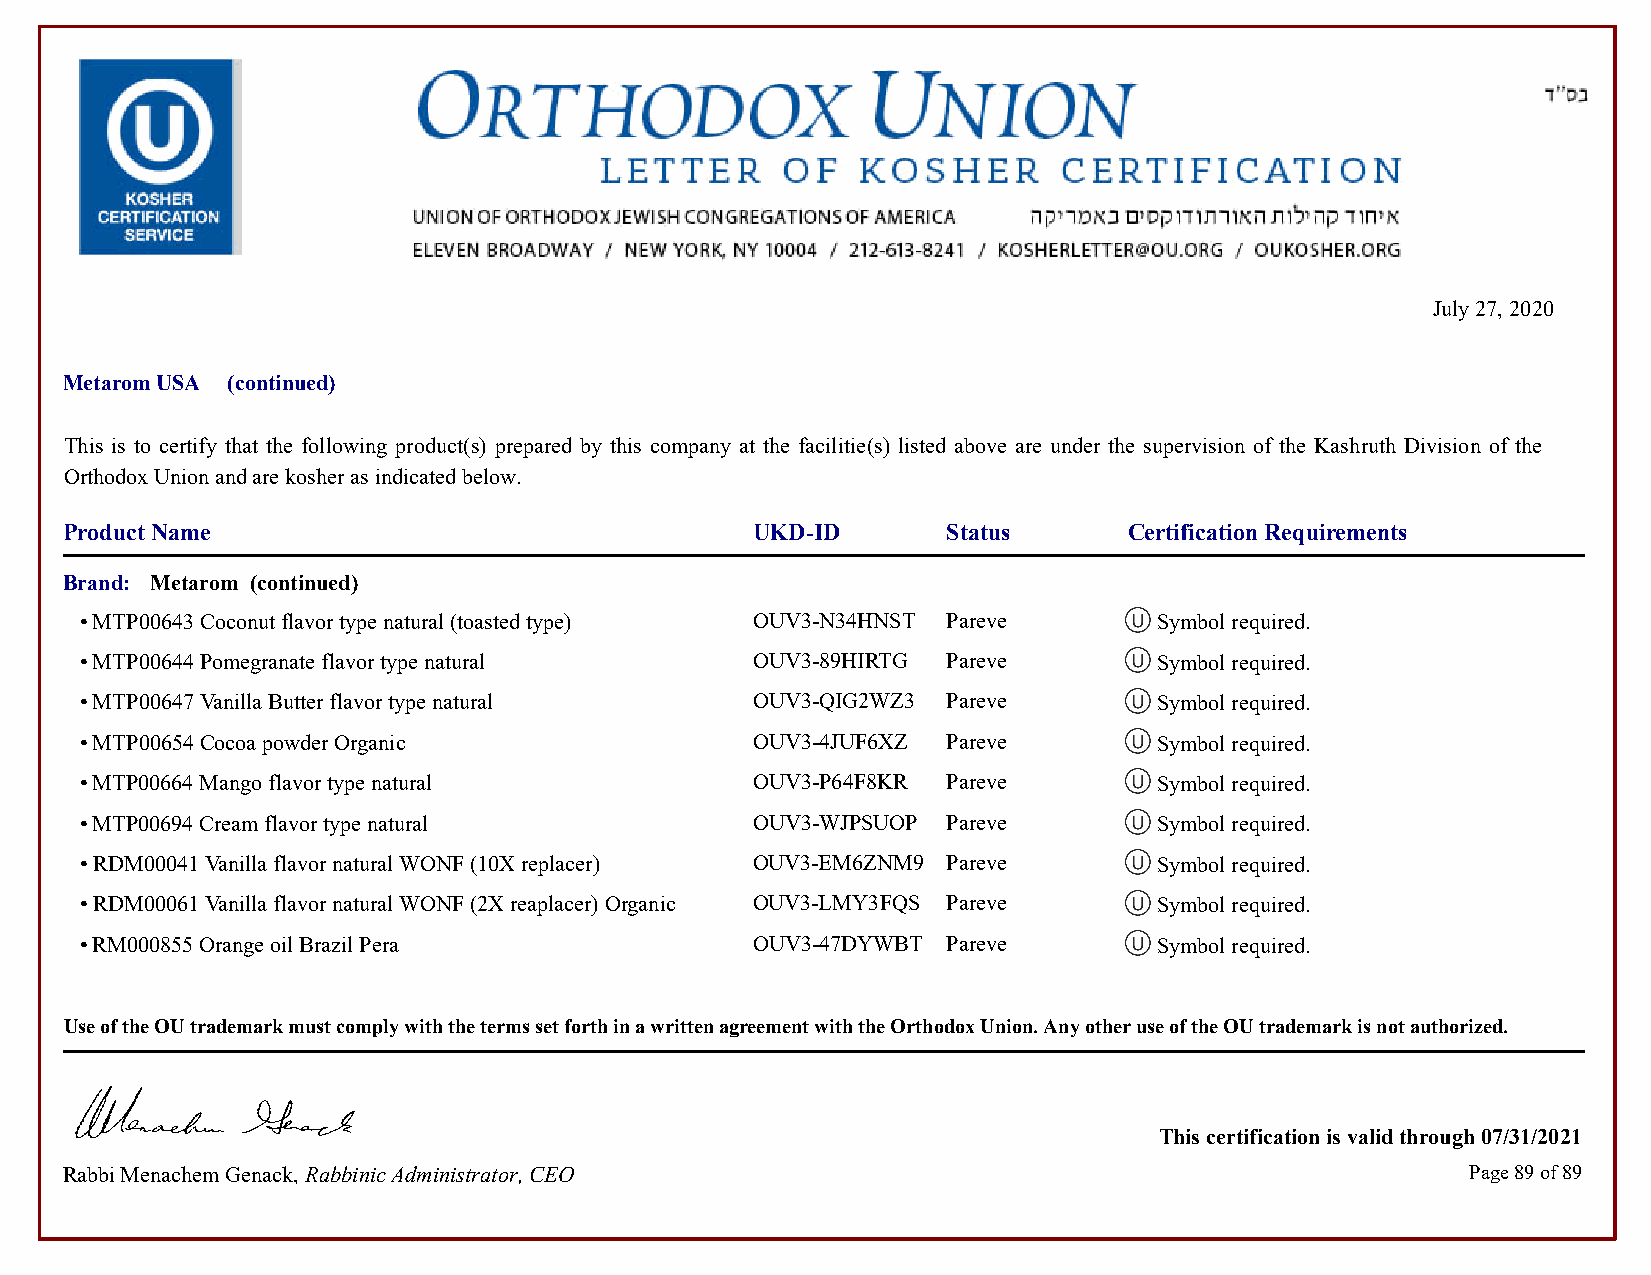
July 27, 2020
 Metarom USA (continued)
 This is to certify that the following product(s) prepared by this company at the facilitie(s) listed above are under the supervision of the Kashruth Division of the
 Orthodox Union and are kosher as indicated below.
 Product Name                                  UKD-ID       Status      Certification Requirements
 Brand: Metarom (continued)
 • MTP00643 Coconut flavor type natural (toasted type) OUV3-N34HNST Pareve Symbol required.          Symbol required.
 • MTP00644 Pomegranate flavor type natural   OUV3-89HIRTG Pareve        Symbol required.            Symbol required.
 • MTP00647 Vanilla Butter flavor type natural OUV3-QIG2WZ3 Pareve       Symbol required.            Symbol required.
 • MTP00654 Cocoa powder Organic              OUV3-4JUF6XZ Pareve        Symbol required.            Symbol required.
 • MTP00664 Mango flavor type natural         OUV3-P64F8KR Pareve        Symbol required.            Symbol required.
 • MTP00694 Cream flavor type natural         OUV3-WJPSUOP Pareve        Symbol required.            Symbol required.
 • RDM00041 Vanilla flavor natural WONF (10X replacer) OUV3-EM6ZNM9 Pareve Symbol required.          Symbol required.
 • RDM00061 Vanilla flavor natural WONF (2X reaplacer) Organic OUV3-LMY3FQS Pareve Symbol required.  Symbol required.
 • RM000855 Orange oil Brazil Pera            OUV3-47DYWBT Pareve        Symbol required.            Symbol required.
 Use of the OU trademark must comply with the terms set forth in a written agreement with the Orthodox Union. Any other use of the OU trademark is not authorized.
 This certification is valid through 07/31/2021
 Rabbi Menachem Genack, Rabbinic Administrator, CEO                                           Page 89 of 89